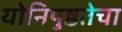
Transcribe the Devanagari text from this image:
योनिपुष्ठतेचा